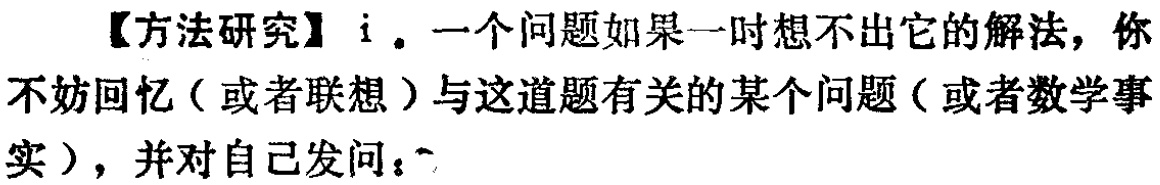
【方法研究】i. 一个问题如果一时想不出它的解法，你不妨回忆（或者联想）与这道题有关的某个问题（或者数学事实），并对自己发问：